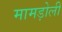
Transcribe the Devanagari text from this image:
मामड़ोली